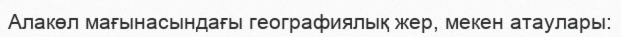
Алакөл мағынасындағы географиялық жер, мекен атаулары: